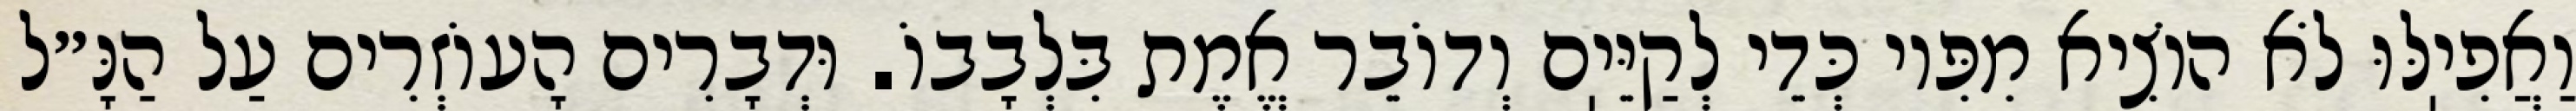
וַאֲפִיֽלּוּ לֹא הוֹצִיא מִפִּיו כְּדֵי לְקַיֵּיֽם וְדוֹבֵר אֱמֶת בִּלְבָבוֹ. וּדְבָרִים הָעוֹזְרִים עַל הַנָּ״ל